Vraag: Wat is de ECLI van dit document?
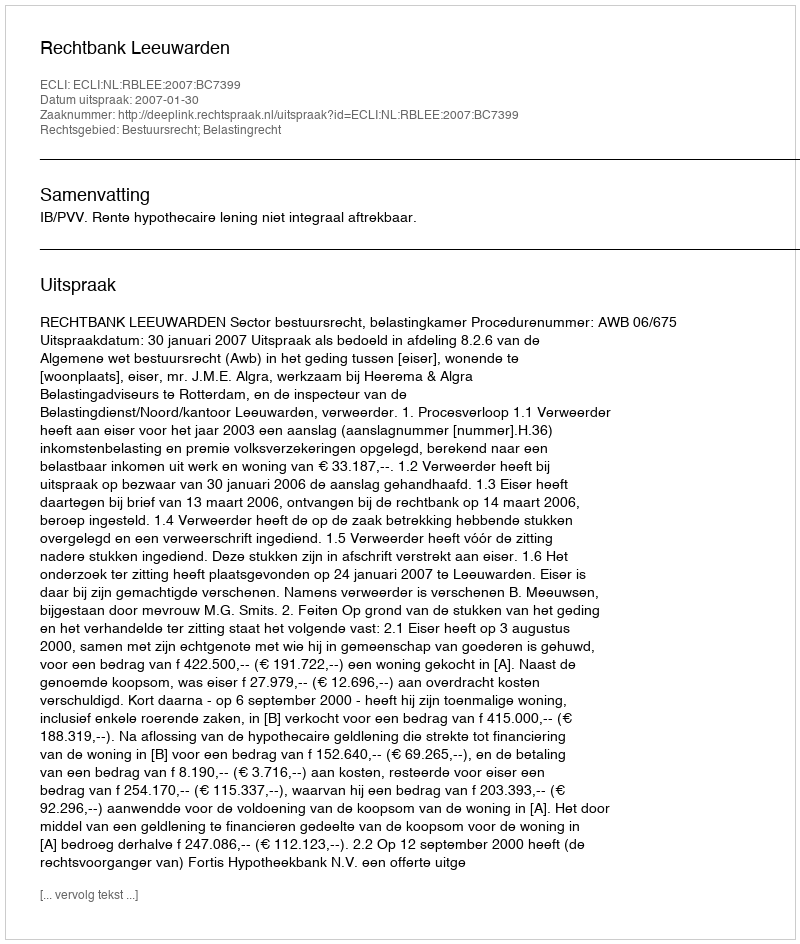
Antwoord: ECLI:NL:RBLEE:2007:BC7399